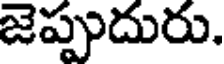
జెప్పుదురు.